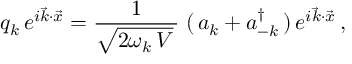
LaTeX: q _ { k } \, e ^ { i \vec { k } \cdot \vec { x } } = \frac { 1 } { \sqrt { 2 \omega _ { k } \, V } \, } \; ( \, a _ { k } + a _ { - k } ^ { \dag } \, ) \, e ^ { i \vec { k } \cdot \vec { x } } \, ,